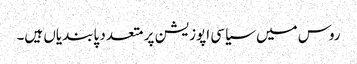
روس میں سیاسی اپوزیشن پر متعدد پابندیاں ہیں۔